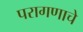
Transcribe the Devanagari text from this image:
परागणाचे